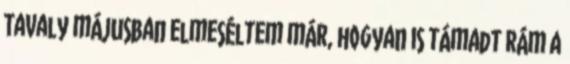
Tavaly májusban elmeséltem már, hogyan is támadt rám a